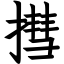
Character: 㨹